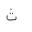
Letter: _tha